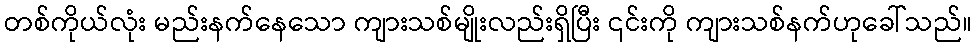
တစ်ကိုယ်လုံး မည်းနက်နေသော ကျားသစ်မျိုးလည်းရှိပြီး ၎င်းကို ကျားသစ်နက်ဟုခေါ်သည်။